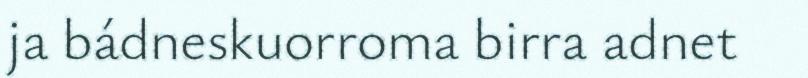
ja bádneskuorroma birra adnet